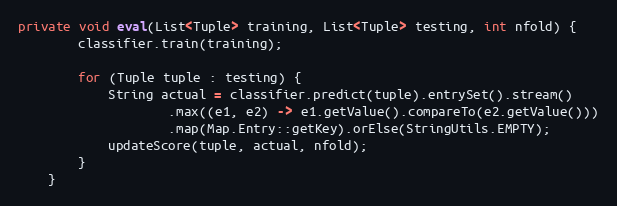
Language: Java
private void eval(List<Tuple> training, List<Tuple> testing, int nfold) {
        classifier.train(training);

        for (Tuple tuple : testing) {
            String actual = classifier.predict(tuple).entrySet().stream()
                    .max((e1, e2) -> e1.getValue().compareTo(e2.getValue()))
                    .map(Map.Entry::getKey).orElse(StringUtils.EMPTY);
            updateScore(tuple, actual, nfold);
        }
    }